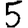
Digit: 5